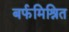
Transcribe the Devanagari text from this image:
बर्फमिश्रित